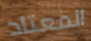
المعتاد